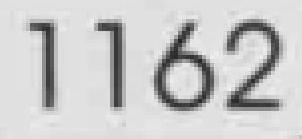
1162